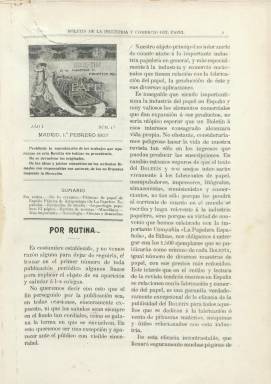
Título: Boletín de la industria y comercio del papel
Colección: Industria
Ámbito geográfico: Madrid
Lugar de publicación: Madrid
Fechas: 01/02/1907-31/12/1908

Con el subtítulo “revista quincenal ilustrada”, aparece en Madrid el uno de febrero de 1907 como publicación especializada en la industria papelera en general y en sus diversos aspectos, como son sus materias primas, maquinaria y utillaje, manipulado y fabricación, producción y comercialización, pero también en los financieros, legislativos y laborales. Estará dirigida a fabricantes de papel, manipuladores, impresores, litógrafos, almacenistas, comisionistas y comerciantes, y aunque en su artículo de presentación se señala que La Papelera Española, cuyo director general era Nicolás María Urgoiti (1869-1951), no influiría en sus contenidos, lo cierto es que entre la compañía que dominará este sector español desde 1902 y el boletín establecieron un convenio para la entrega de diversas muestras de papel con los 1.500 ejemplares de su tirada –que después aumentará a 2.000-, así como un contrato de publicidad, y que la dirección del mismo estaba en manos del propio Urgoiti.

La colección la integran dos tomos anuales con los 47 números que publicó, correspondiendo el último al 31 de diciembre de 1908, con cubiertas en las que aparece un dibujo de D. Vilás, ganador de  un concurso entre artistas establecido para tal ocasión y presidido por el propio Urgoiti. Su foliación es continua, siendo la 408 su última página. Aparecía en entregas en torno a la docena de páginas, que a veces aumenta, hasta alcanzar las 24, y es impresa en papel cuché. Al final de cada año incluye un índice de materias e ilustraciones. Compuesta a dos columnas, su cabecera, indicación de serie y sumario aparecen insertados al comienzo de la primera columna. Fue premiada en la Exposición de Industrias Madrileñas de 1907.

Publica fotografías con vistas externas e internas de las fábricas de papel, empezando por las agrupadas en La Papelera Española, acompañando a reportajes sobre las mismas, y otras de maquinaria, muestras de materias primas y de papeles, de su manipulado o de instituciones de enseñanza afectas al sector. Incorpora una sección de Revistas de revistas, para dar cuenta de los contenidos de publicaciones inglesas, francesas, alemanas, italianas o americanas consagradas a la misma industria; y otra de Misceláneas, con noticias breves. Además de artículos de carácter técnico o histórico, ofrece también bibliografía e información sobre precios en los mercados de pastas y de papel, ofertas y demandas, sobre aduanas, tarifas y aranceles, maquinaria, consumo de papel, balances de La Papelera Española, de personal, condiciones laborales, incluidas las huelgas, estadísticas o de enseñanzas. Inserta también anuncios de casas suministradoras de maquinaria, industriales y comercializadoras del sector papelero.

A partir de 1909, este boletín será incluido en la revista Ergos, dedicada también a la industria papelera, y que también forma parte de la Hemeroteca Digital de la BNE.